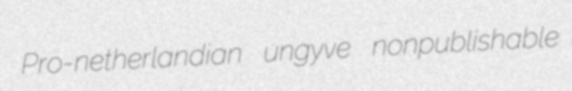
Pro-netherlandian ungyve nonpublishable